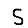
Digit: 5